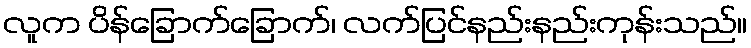
လူက ပိန်ခြောက်ခြောက်၊ လက်ပြင်နည်းနည်းကုန်းသည်။